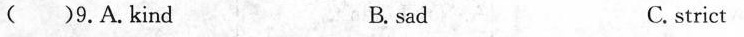
( )9.A.Kind B. sad C. strict